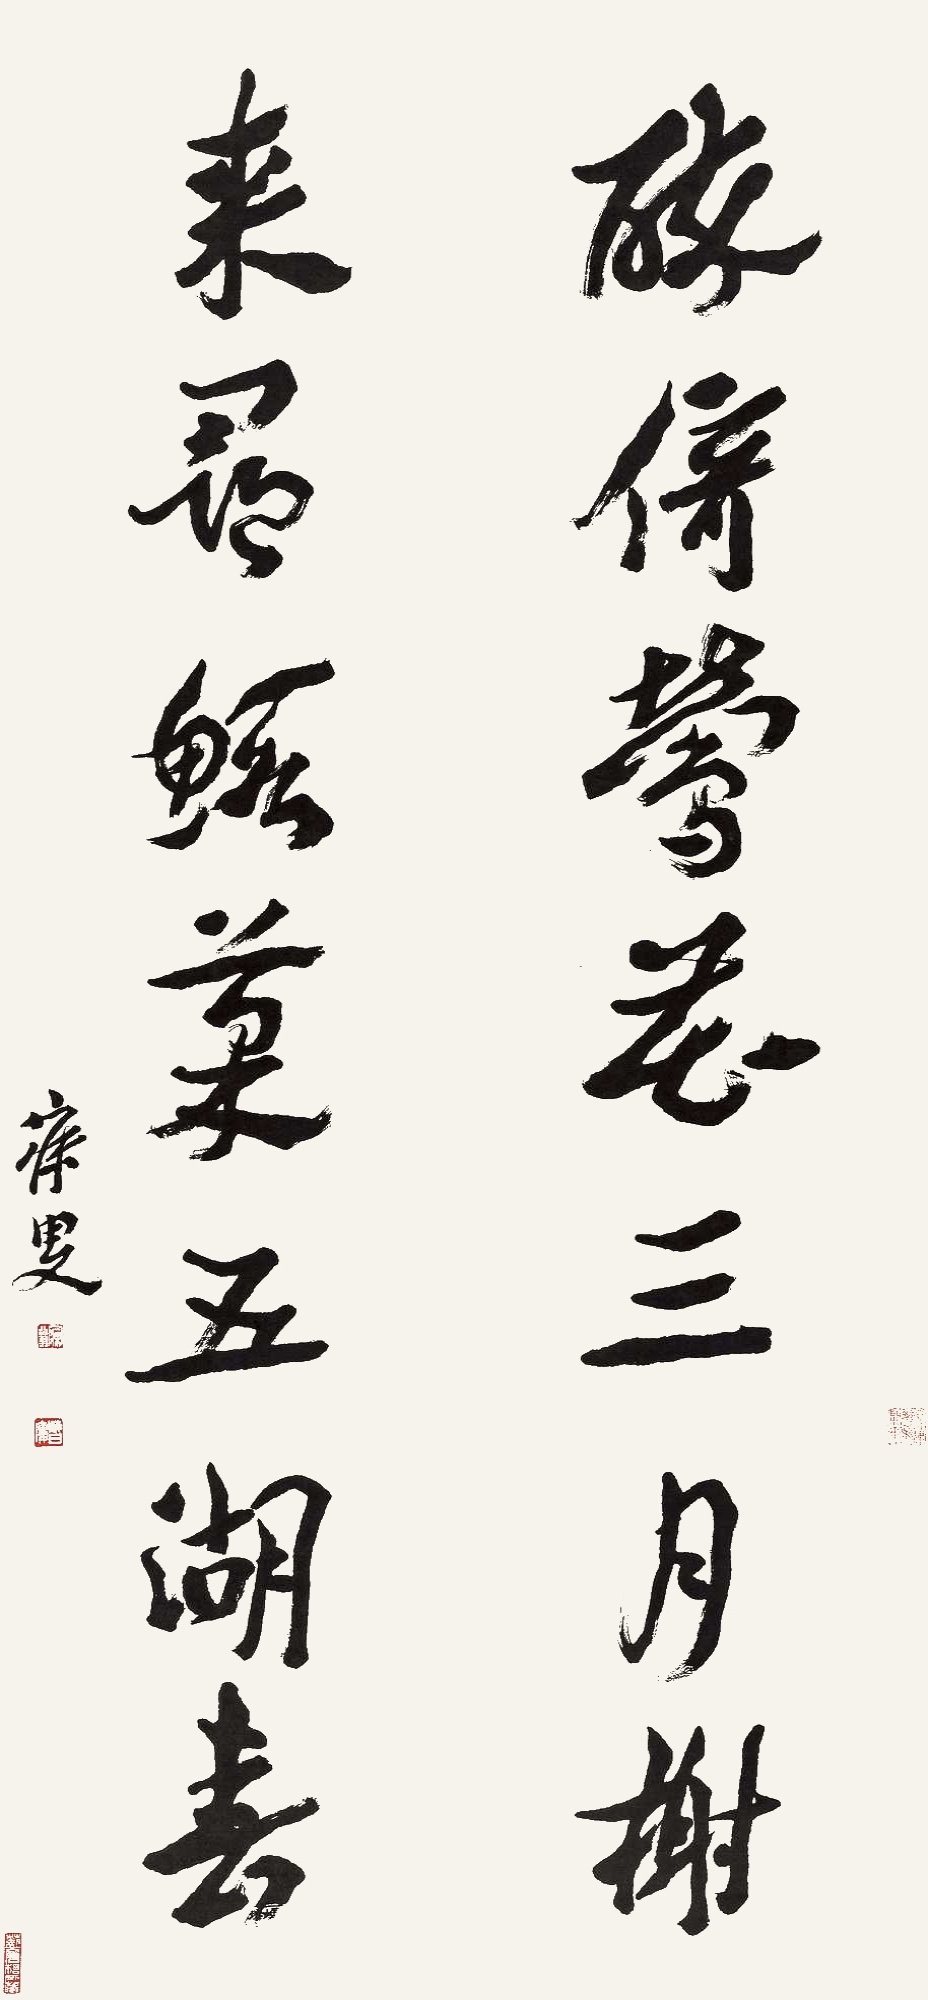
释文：醉倚莺花三月榭，来寻𫚥菜五湖春。寐叟。